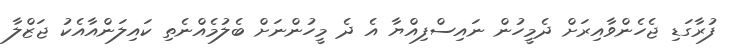
ފުރާގަޑި ޖެހެންވާއިރަށް ދެމީހުން ނައިސްފިއްޔާ އެ ދެ މީހުންނަށް ބެލުމެއްނެތި ކައިލަންއާއެކު ޖަޒްލާ